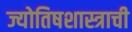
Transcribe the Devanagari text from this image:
ज्योतिषशास्त्राची